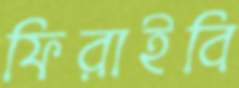
ফিরাইবি